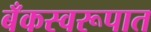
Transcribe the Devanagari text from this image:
बँकस्वरूपात